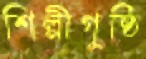
শিল্পীগুষ্ঠি